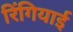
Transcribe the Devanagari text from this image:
रिंगियाई